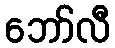
ဘော်လီ